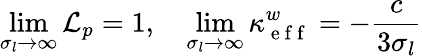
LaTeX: \operatorname*{lim}_{\sigma_{l}\to\infty}\mathcal{L}_{p}=1,\quad\operatorname*{lim}_{\sigma_{l}\to\infty}\kappa_{\mathrm{~e~f~f~}}^{w}=-\frac{c}{3\sigma_{l}}